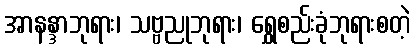
အာနန္ဒာဘုရား၊ သဗ္ဗညုဘုရား၊ ရွှေစည်းခုံဘုရားစတဲ့